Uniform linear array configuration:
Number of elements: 16
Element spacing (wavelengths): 1
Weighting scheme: hann
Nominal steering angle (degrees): -45
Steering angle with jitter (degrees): -44.74
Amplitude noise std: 0.05
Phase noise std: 0.05

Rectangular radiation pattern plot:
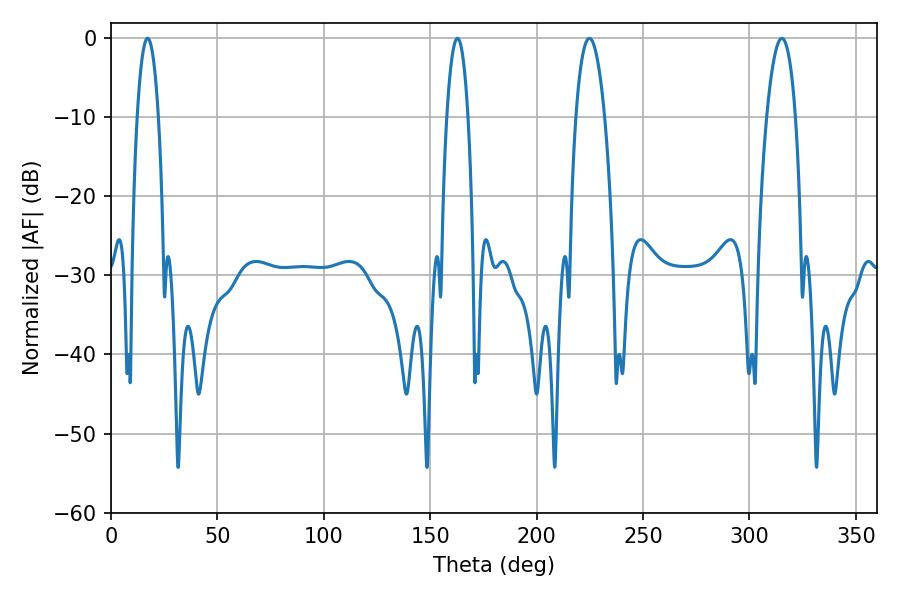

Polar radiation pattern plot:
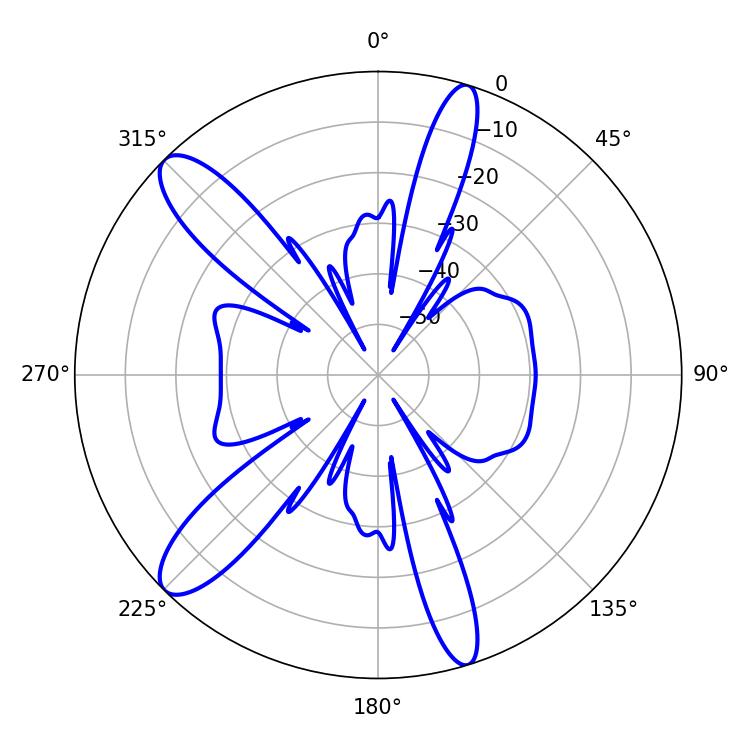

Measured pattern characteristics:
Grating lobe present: TRUE
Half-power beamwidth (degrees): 7.38
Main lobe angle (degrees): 224.82